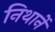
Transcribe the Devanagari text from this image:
निथार्ने